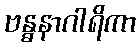
ဗန္ဓနာဂါရိကာ